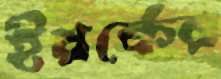
ইয়র্কের